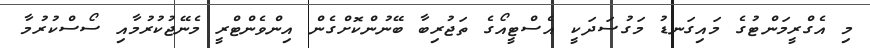
މި އެގްރީމަންޓުގެ މައިގަނޑު މަގުސަދަކީ އެސްޓީއޯގެ ތަޖުރިބާ ބޭނުންކޮށްގެން އިންވެންޓްރީ މެނޭޖުކުރުމާއި ސޯސްކުރުމާ